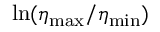
\ln ( \eta _ { \mathrm { m a x } } / \eta _ { \mathrm { m i n } } )